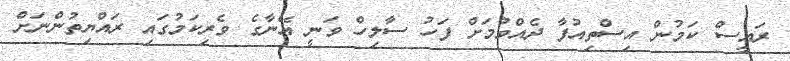
ރައީސް ކަމުން އިސްތިއުފާ ދެއްވުމަށް ފަހު ސާލިހް ވަނީ އޭނާގެ ވެރިކަމުގައި ރައްޔިތުންނަށް